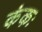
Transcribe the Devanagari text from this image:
कंकः